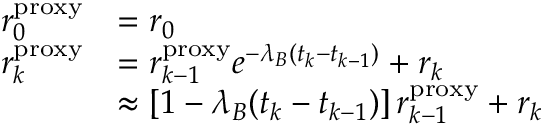
\begin{array} { r l } { r _ { 0 } ^ { \mathrm { p r o x y } } } & { = r _ { 0 } } \\ { r _ { k } ^ { \mathrm { p r o x y } } } & { = r _ { k - 1 } ^ { \mathrm { p r o x y } } e ^ { - \lambda _ { B } ( t _ { k } - t _ { k - 1 } ) } + r _ { k } } \\ & { \approx \left[ 1 - \lambda _ { B } ( t _ { k } - t _ { k - 1 } ) \right] r _ { k - 1 } ^ { \mathrm { p r o x y } } + r _ { k } } \end{array}